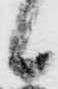
候